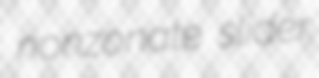
nonzonate slider